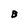
Character: B